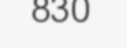
830